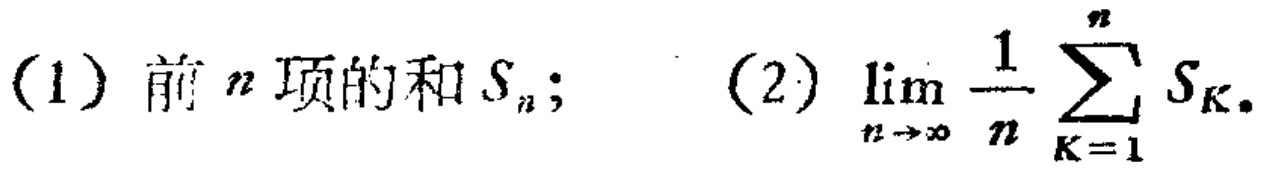
(1) 前 \(n\) 项的和 \(S_{n}\); (2) \(\lim_{n \to \infty} \frac{1}{n} \sum_{K = 1}^{n} S_{K}\).